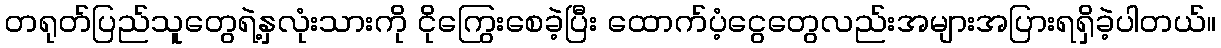
တရုတ်ပြည်သူတွေရဲ့နှလုံးသားကို ငိုကြွေးစေခဲ့ပြီး ထောက်ပံ့ငွေတွေလည်းအများအပြားရရှိခဲ့ပါတယ်။